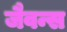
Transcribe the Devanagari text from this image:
जैवन्स